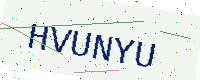
Text: HVUNYU